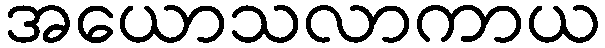
အယောသလာကာယ